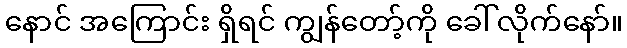
နောင် အကြောင်း ရှိရင် ကျွန်တော့်ကို ခေါ်လိုက်နော်။